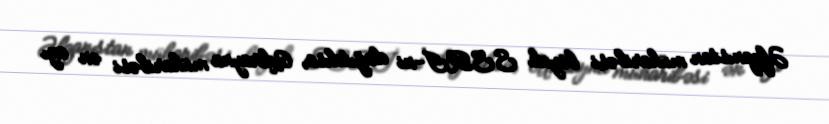
Əfqanıstan müharibəsi böyük SSRİ-ni dağıtdısa, Ukrayna müharibəsi ən azı